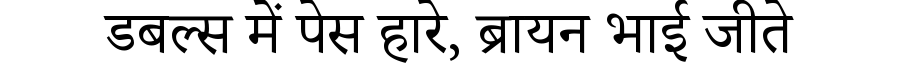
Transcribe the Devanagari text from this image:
डबल्स में पेस हारे, ब्रायन भाई जीते